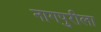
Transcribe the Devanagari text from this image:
नागपुरीला